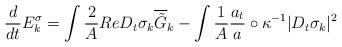
LaTeX: \begin{align*}\frac{d}{dt}E_k^{\sigma}=\int\frac{2}{A}Re D_t\sigma_k \overline{\tilde{G}}_k-\int \frac{1}{A}\frac{a_t}{a}\circ\kappa^{-1}|D_t\sigma_k|^2 \end{align*}